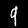
Label: 9